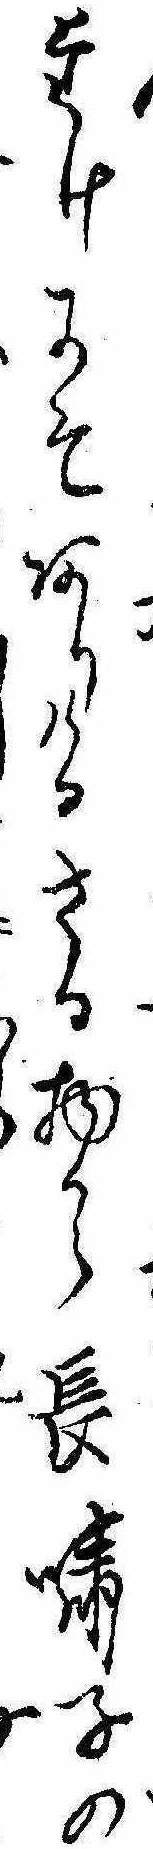
たけにそありけるさる物から長嘯子のにら